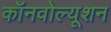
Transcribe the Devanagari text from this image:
कॉनवोल्यूशन